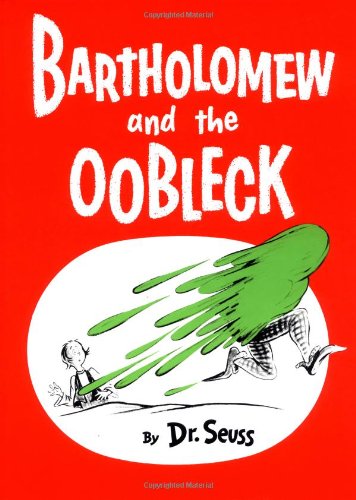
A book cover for Bartholomew and the Oobleck: (Caldecott Honor Book) (Classic Seuss); Dr. Seuss; Children's Books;